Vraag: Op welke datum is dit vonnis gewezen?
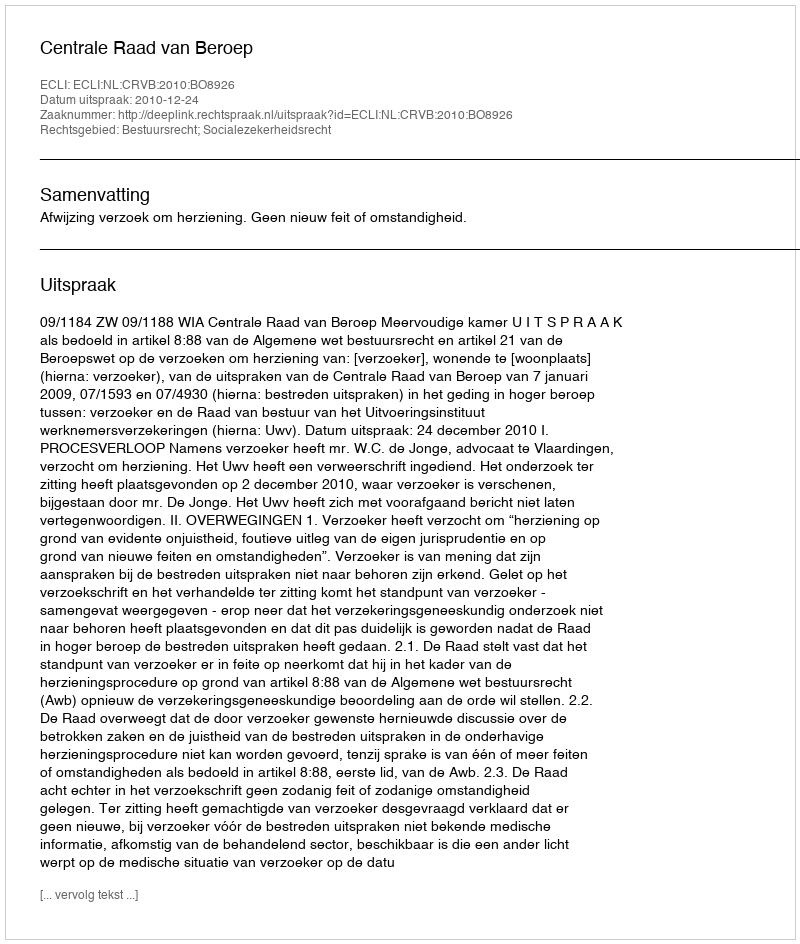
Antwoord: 2010-12-24